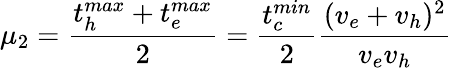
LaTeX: \mu_{2}=\frac{t_{h}^{max}+t_{e}^{max}}{2}=\frac{t_{c}^{min}}{2}\frac{(v_{e}+v_{h})^{2}}{v_{e}v_{h}}